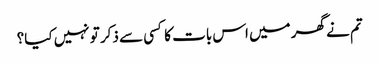
تم نے گھر میں اس بات کا کسی سے ذکر تو نہیں کیا؟